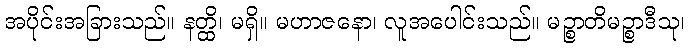
အပိုင်းအခြားသည်။ နတ္ထိ၊ မရှိ။ မဟာဇနော၊ လူအပေါင်းသည်။ မဉ္စာတိမဉ္စာဒီသု၊